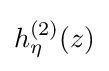
h_{\eta }^{(2)}(z)